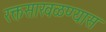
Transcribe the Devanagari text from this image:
रक्तसाखळण्यास